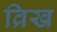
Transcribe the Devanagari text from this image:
व्रिख